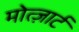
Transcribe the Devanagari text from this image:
मोत्ज़ार्ट